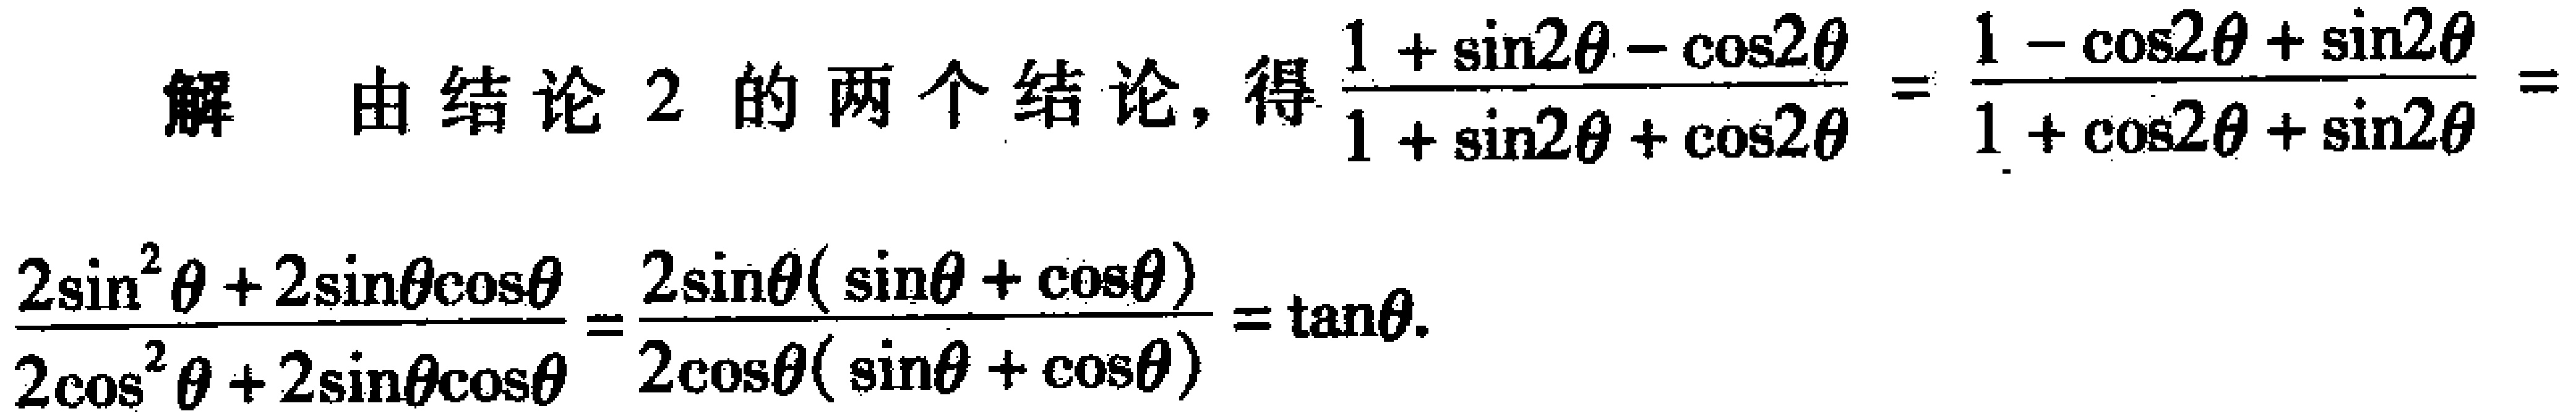
解 由结论 2 的两个结论, 得$\frac{1 + \sin2\theta - \cos2\theta}{1 + \sin2\theta + \cos2\theta}=\frac{1 - \cos2\theta+\sin2\theta}{1 + \cos2\theta+\sin2\theta}=$
$\frac{2\sin^{2}\theta + 2\sin\theta\cos\theta}{2\cos^{2}\theta + 2\sin\theta\cos\theta}=\frac{2\sin\theta(\sin\theta + \cos\theta)}{2\cos\theta(\sin\theta + \cos\theta)}=\tan\theta.$